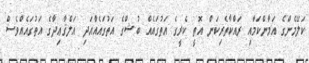
ކަލޭމެންގެ އަމާންކަމާއި ރައްކާތެރިކަން އޮތީ ކެރީގެ އަތުގައެއް ބުޝްގެ އަތުގައެއްއަދި އަލްޤާޢިދާގެ އަތުގައެއްވެސް